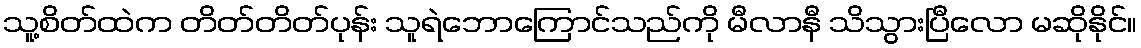
သူ့စိတ်ထဲက တိတ်တိတ်ပုန်း သူရဲဘောကြောင်သည်ကို မီလာနီ သိသွားပြီလော မဆိုနိုင်။